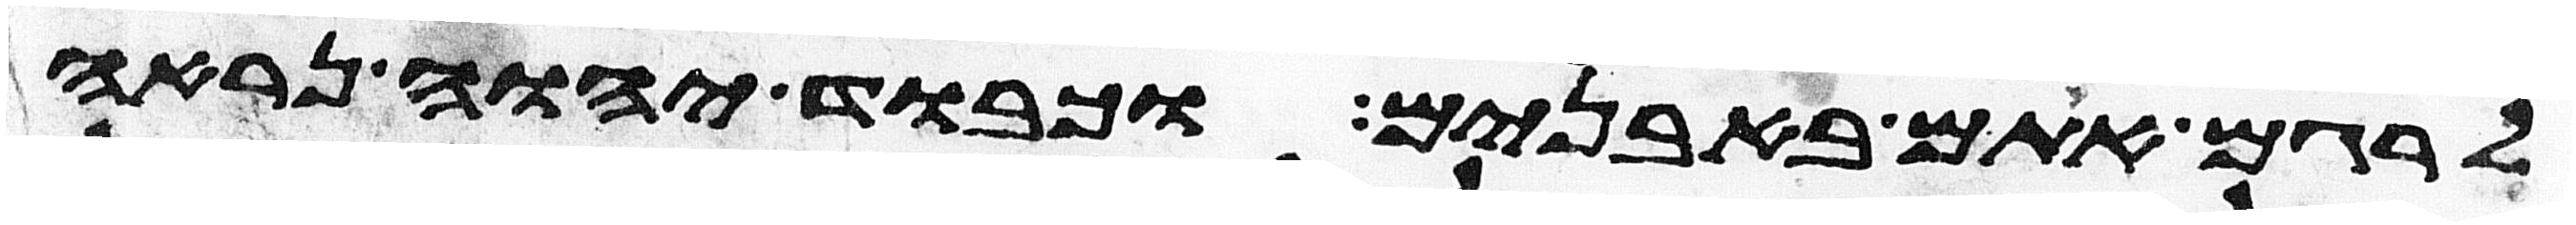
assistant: לרגם אתם באבנים וכבוד יהוה נראה